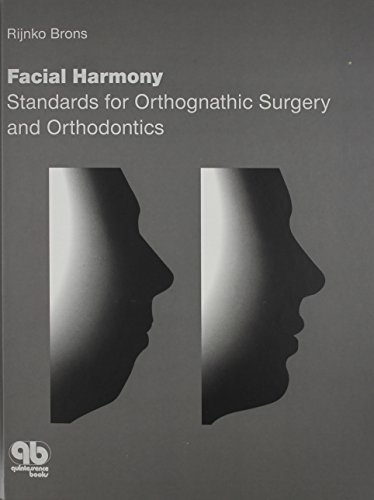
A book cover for Facial Harmony: Standards of Orthognathic Surgery and Orthodontics; Rijnko Brons; Medical Books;